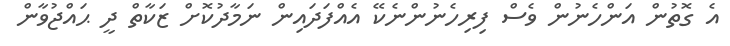
އެ ގޮތުން އަންހެނުން ވެސް ފިރިހެނުންނެކޭ އެއްފަދައިން ނަމާދުކޮށް ޒަކާތް ދީ ޙައްޖުވާން